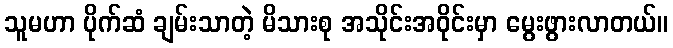
သူမဟာ ပိုက်ဆံ ချမ်းသာတဲ့ မိသားစု အသိုင်းအဝိုင်းမှာ မွေးဖွားလာတယ်။